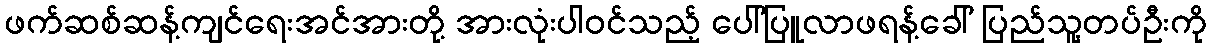
ဖက်ဆစ်ဆန့်ကျင်ရေးအင်အားတို့ အားလုံးပါဝင်သည့် ပေါ်ပြူလာဖရန့်ခေါ် ပြည်သူ့တပ်ဦးကို